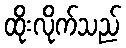
ထိုးလိုက်သည်